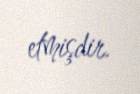
etmişdir.